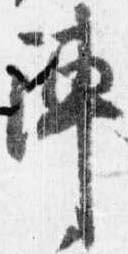
陣